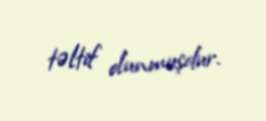
təltif olunmuşdur.